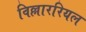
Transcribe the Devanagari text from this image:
विल्लाररियल